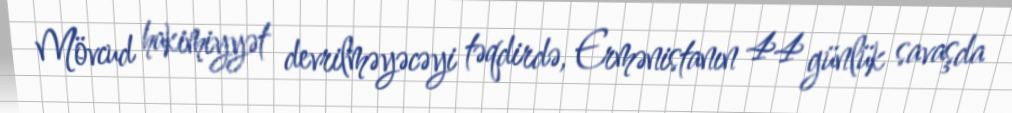
Mövcud hakimiyyət devrilməyəcəyi təqdirdə, Ermənistanın 44 günlük savaşda